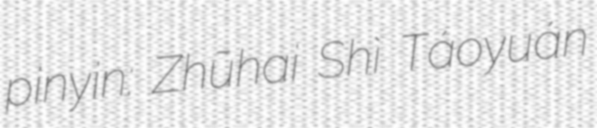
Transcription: pinyin: Zhūhai Shì Táoyuán